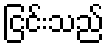
ငြင်းသည်